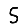
Digit: 5